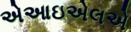
એઆઇએલએ